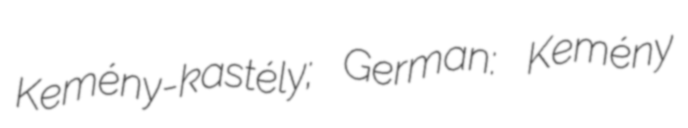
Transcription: Kemény-kastély; German: Kemény